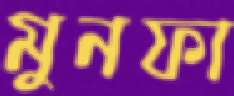
মুনফা